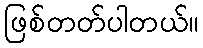
ဖြစ်တတ်ပါတယ်။